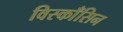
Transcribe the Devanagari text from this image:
विस्काँसिन